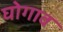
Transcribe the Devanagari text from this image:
घोगाव